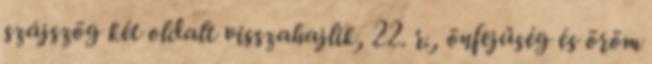
szájszög két oldalt visszahajlik, 22. r., önfejűség és öröm